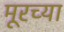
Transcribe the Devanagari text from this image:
मूरच्या